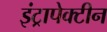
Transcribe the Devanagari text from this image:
इंट्रापेक्टीन